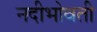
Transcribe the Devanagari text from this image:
नदीभोवती